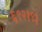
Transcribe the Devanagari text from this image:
६९२१९३